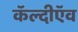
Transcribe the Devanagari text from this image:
कॅल्दीऍव